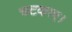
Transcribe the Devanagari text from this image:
चटकाए।